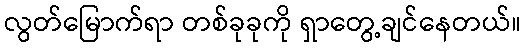
လွတ်မြောက်ရာ တစ်ခုခုကို ရှာတွေ့ချင်နေတယ်။